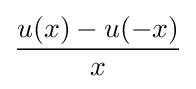
{\frac {u(x)-u(-x)}{x}}